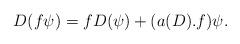
LaTeX: \begin{align*}D(f\psi) = f D(\psi) + (a(D).f) \psi.\end{align*}